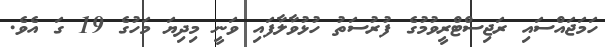
ހަމަޖައްސައި ރަޖިސްޓްރީވުމުގެ ފުރުސަތު ހުޅުވާލާފައި ވަނީ މިދިޔަ މަހުގެ 19 ގަ އެވެ.